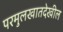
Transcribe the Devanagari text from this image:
परमुलखातदेखील